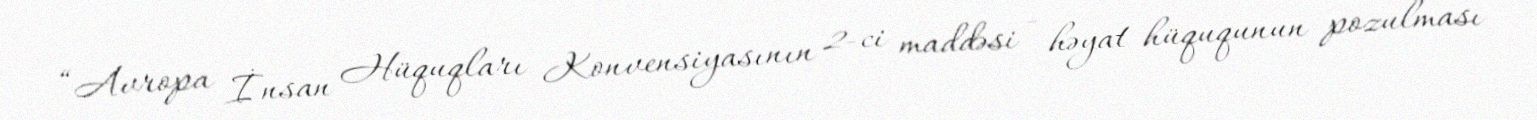
“Avropa İnsan Hüquqları Konvensiyasının 2-ci maddəsi - həyat hüququnun pozulması